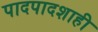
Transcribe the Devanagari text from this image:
पादपादशाही